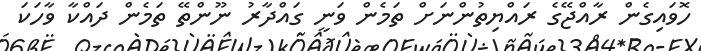
ހޮވައިގެން ރާއްޖޭގެ ރައްޔިތުންނަށް ތަމެން ވަނީ ގައްދާރު ނޫންތޭ ތަމެން ދައްކާ ވާހަކަ